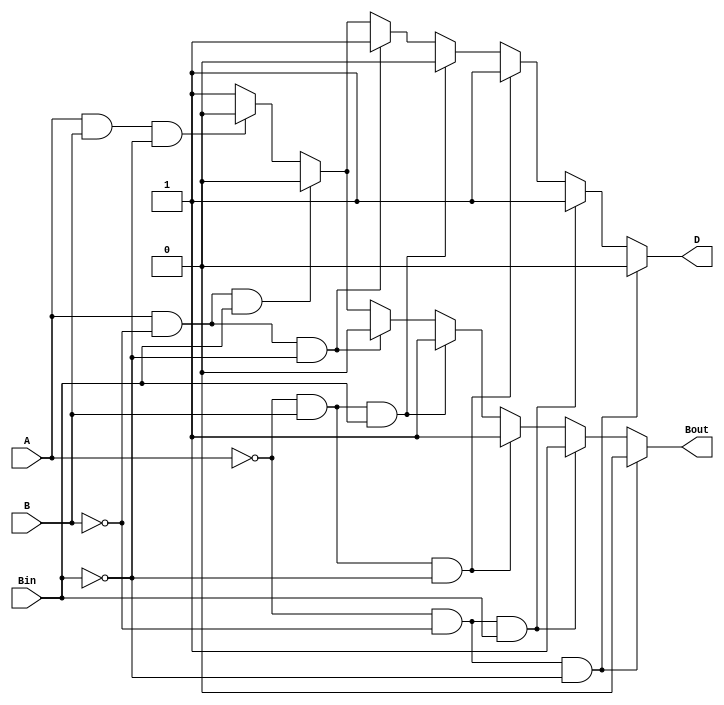
`timescale 1ns / 1ps
//////////////////////////////////////////////////////////////////////////////////
// Company: 
// Engineer: 
// 
// Design Name: 
// Module Name:    Full_subtractor 
// Project Name: 
// Target Devices: 
// Tool versions: 
// Description: 
//
// Dependencies: 
//
// Revision: 
// Revision 0.01 - File Created
// Additional Comments: 
//
//////////////////////////////////////////////////////////////////////////////////
module Full_subtractor(A,B,Bin,D,Bout);
	input A,B,Bin;
	output reg D,Bout;
	always@(A,B,Bin)
	begin
		if(A==0 && B==0 && Bin==0)
		begin
			D=0;
			Bout=0;
		end
		else if(A==0 && B==0 && Bin==1)
		begin
			D=1;
			Bout=1;
		end
		else if(A==0 && B==1 && Bin==0)
		begin
			D=1;
			Bout=1;
		end
		else if(A==0 && B==1 && Bin==1)
		begin
			D=0;
			Bout=1;
		end
		else if(A==1 && B==0 && Bin==0)
		begin
			D=1;
			Bout=0;
		end
		else if(A==1 && B==0 && Bin==1)
		begin
			D=0;
			Bout=0;
		end
		else if(A==1 && B==1 && Bin==0)
		begin
			D=0;
			Bout=0;
		end
		else //(A==1 && B==1 && Bin==1)
		begin
			D=1;
			Bout=1;
		end
	end
endmodule